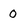
Character: 0